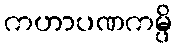
ကဟာပဏကမ္ပိ